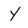
Character: Y